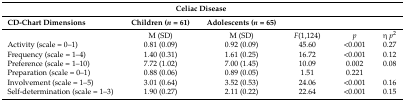
<table><thead><tr><td></td><td colspan="2"><b>Celiac Disease</b></td><td></td><td></td><td></td></tr><tr><td><b>CD-Chart Dimensions</b></td><td><b>Children (<i>n</i> = 61)</b></td><td><b>Adolescents (<i>n</i> = 65)</b></td><td></td><td></td><td></td></tr></thead><tbody><tr><td></td><td>M (SD)</td><td>M (SD)</td><td><i>F</i>(1,124)</td><td><i>p</i></td><td>η <i>p</i><sup>2</sup></td></tr><tr><td>Activity (scale = 0–1)</td><td>0.81 (0.09)</td><td>0.92 (0.09)</td><td>45.60</td><td>&lt;0.001</td><td>0.27</td></tr><tr><td>Frequency (scale = 1–4)</td><td>1.40 (0.31)</td><td>1.61 (0.25)</td><td>16.72</td><td>&lt;0.001</td><td>0.12</td></tr><tr><td>Preference (scale = 1–10)</td><td>7.72 (1.02)</td><td>7.00 (1.45)</td><td>10.09</td><td>0.002</td><td>0.08</td></tr><tr><td>Preparation (scale = 0–1)</td><td>0.88 (0.06)</td><td>0.89 (0.05)</td><td>1.51</td><td>0.221</td><td></td></tr><tr><td>Involvement (scale = 1–5)</td><td>3.01 (0.64)</td><td>3.52 (0.53)</td><td>24.06</td><td>&lt;0.001</td><td>0.16</td></tr><tr><td>Self-determination (scale = 1–3)</td><td>1.90 (0.27)</td><td>2.11 (0.22)</td><td>22.64</td><td>&lt;0.001</td><td>0.15</td></tr></tbody></table>